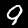
Label: 9